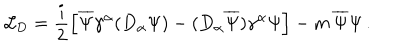
{ \mathcal L } _ { \mathrm { D } } = \frac { i } { 2 } \left[ \overline { { { \Psi } } } \gamma ^ { \alpha } ( D _ { \alpha } \Psi ) - ( D _ { \alpha } \overline { { { \Psi } } } ) \gamma ^ { \alpha } \Psi \right] - m \, \overline { { { \Psi } } } \Psi \, .